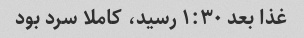
غذا بعد ۱:۳۰ رسید، کاملا سرد بود